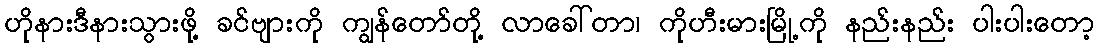
ဟိုနားဒီနားသွားဖို့ ခင်ဗျားကို ကျွန်တော်တို့ လာခေါ်တာ၊ ကိုဟီးမားမြို့ကို နည်းနည်း ပါးပါးတော့